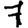
Digit: 7